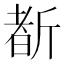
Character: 斱